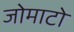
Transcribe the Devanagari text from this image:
जोमाटो